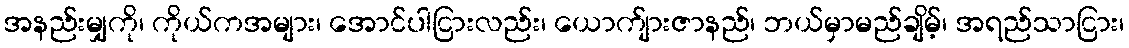
အနည်းမျှကို၊ ကိုယ်ကအများ၊ အောင်ပါငြားလည်း၊ ယောက်ျားဇာနည်၊ ဘယ်မှာမည်ချိမ့်၊ အရည်သာငြား၊